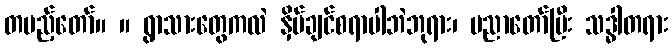
တပည့်တော်။ ။ ရွာသားတွေကလဲ နှိမ်ချင်စရာပါဘဲဘုရား၊ ပညာတော်ပြီး သဒ္ဓါတရား